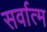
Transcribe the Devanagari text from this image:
सर्वात्म